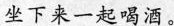
坐下来一起喝酒。